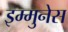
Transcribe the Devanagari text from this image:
इम्मुनेस